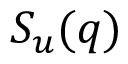
S _ { u } ( q )